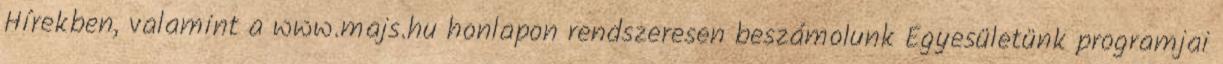
Hírekben, valamint a www.majs.hu honlapon rendszeresen beszámolunk Egyesületünk programjai